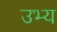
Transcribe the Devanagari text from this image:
उभ्य